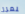
يمرر